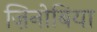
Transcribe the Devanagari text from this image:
ज़िनोबिया